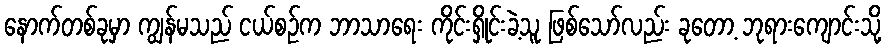
နောက်တစ်ခုမှာ ကျွန်မသည် ငယ်စဉ်က ဘာသာရေး ကိုင်းရှိုင်းခဲ့သူ ဖြစ်သော်လည်း ခုတော့ ဘုရားကျောင်းသို့